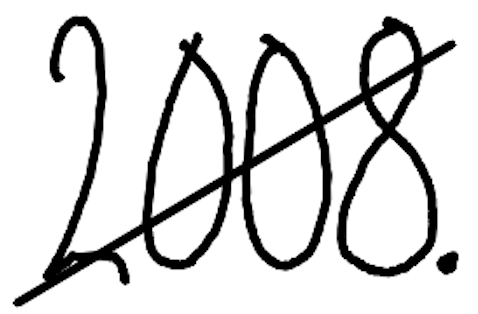
Text: 2008.
Cross-out: diagonal
Writing tool: digital_black